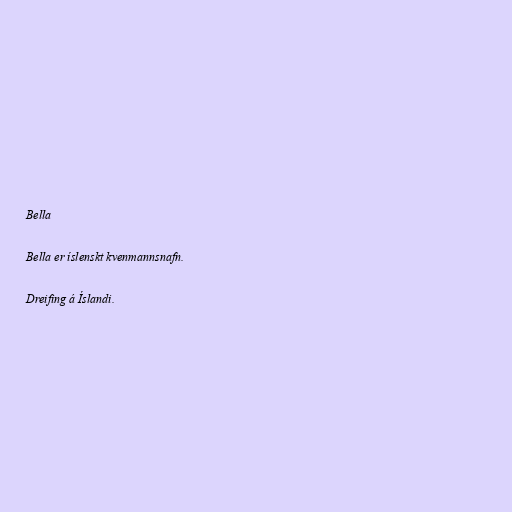
Bella

Bella er íslenskt kvenmannsnafn.

Dreifing á Íslandi.